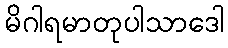
မိဂါရမာတုပါသာဒေါ